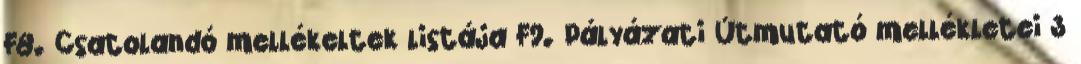
F8. Csatolandó mellékeltek listája F9. Pályázati Útmutató mellékletei 3